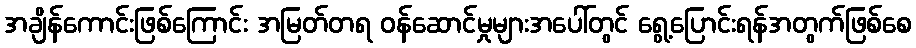
အချိန်ကောင်းဖြစ်ကြောင်း အမြတ်တရ ဝန်ဆောင်မှုများအပေါ်တွင် ရွေ့ပြောင်းရန်အတွက်ဖြစ်စေ